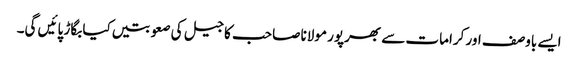
ایسے باوصف اور کرامات سے بھرپور مولانا صاحب کا جیل کی صعوبتیں کیا بگاڑ پائیں گی۔